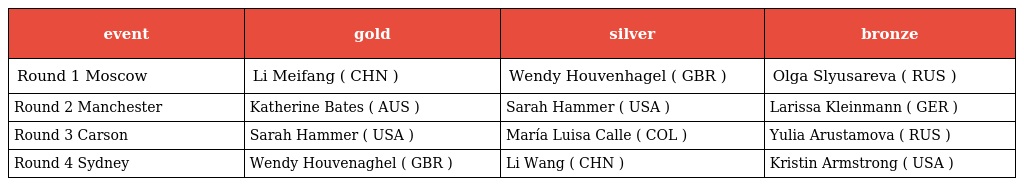
| event | gold | silver | bronze |
 | --- | --- | --- | --- |
 | Round 1 Moscow | Li Meifang ( CHN ) | Wendy Houvenhagel ( GBR ) | Olga Slyusareva ( RUS ) |
 | Round 2 Manchester | Katherine Bates ( AUS ) | Sarah Hammer ( USA ) | Larissa Kleinmann ( GER ) |
 | Round 3 Carson | Sarah Hammer ( USA ) | María Luisa Calle ( COL ) | Yulia Arustamova ( RUS ) |
 | Round 4 Sydney | Wendy Houvenaghel ( GBR ) | Li Wang ( CHN ) | Kristin Armstrong ( USA ) |